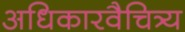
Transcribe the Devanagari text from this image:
अधिकारवैचित्र्य